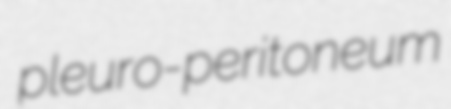
pleuro-peritoneum